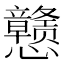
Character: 戆